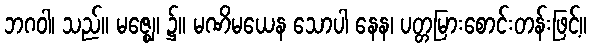
ဘဂဝါ၊ သည်။ မဇ္ဈေ၊ ၌။ မဏိမယေန သောပါ နေန၊ ပတ္တမြားစောင်းတန်းဖြင့်။